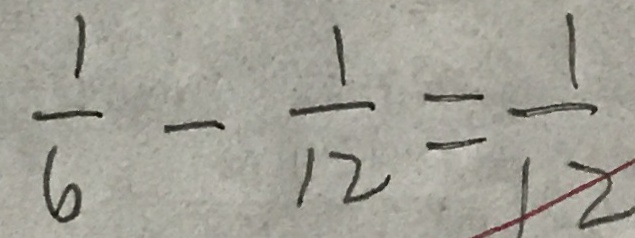
\frac { 1 } { 6 } - \frac { 1 } { 1 2 } = \frac { 1 } { 1 2 }